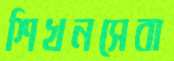
শিখনসেবা